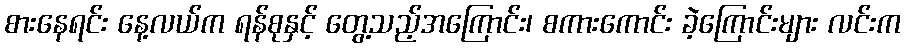
စားနေရင်း နေ့လယ်က ရန်စုနှင့် တွေ့သည့်အကြောင်း၊ စကားကောင်း ခဲ့ကြောင်းများ လင်းက